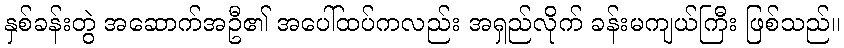
နှစ်ခန်းတွဲ အဆောက်အဦ၏ အပေါ်ထပ်ကလည်း အရှည်လိုက် ခန်းမကျယ်ကြီး ဖြစ်သည်။